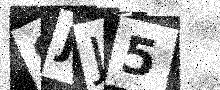
Text: SJJ5